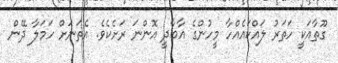
ގޫތާއަކީ ހަތަރު ލައްކައެއްހާ މީހުންގެ އާބާދީ އޮންނަ ރަށެކެވެ. އެތަނަށް ހަމަލާ ދޭން